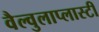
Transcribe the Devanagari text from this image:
वैल्वुलाप्लास्टी